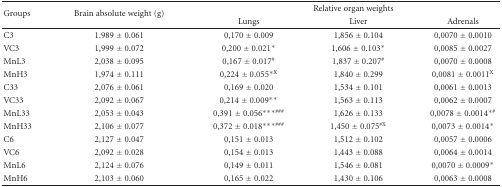
<table><thead><tr><td rowspan="2"><b>Groups</b></td><td rowspan="2"><b>Brain absolute weight (g)</b></td><td colspan="3"><b>Relative organ weights</b></td></tr><tr><td><b>Lungs</b></td><td><b>Liver</b></td><td><b>Adrenals</b></td></tr></thead><tbody><tr><td>C3</td><td>1.989 ± 0.061</td><td>0,170 ± 0.009</td><td>1,856 ± 0.104</td><td>0,0070 ± 0.0010</td></tr><tr><td>VC3</td><td>1,999 ± 0.072</td><td>0,200 ± 0.021*</td><td>1,606 ± 0.103*</td><td>0,0085 ± 0.0027</td></tr><tr><td>MnL3</td><td>2,038 ± 0.095</td><td>0,167 ± 0.017<sup>#</sup></td><td>1,837 ± 0.207<sup>#</sup></td><td>0,0070 ± 0.0008</td></tr><tr><td>MnH3</td><td>1,974 ± 0.111</td><td>0,224 ± 0.055<sup>∗X</sup></td><td>1,840 ± 0.299</td><td>0,0081 ± 0.0011<sup>X</sup></td></tr><tr><td>C33</td><td>2,076 ± 0.061</td><td>0,169 ± 0.020</td><td>1,534 ± 0.101</td><td>0,0061 ± 0.0013</td></tr><tr><td>VC33</td><td>2,092 ± 0.067</td><td>0,214 ± 0.009**</td><td>1,563 ± 0.113</td><td>0,0062 ± 0.0007</td></tr><tr><td>MnL33</td><td>2,053 ± 0.043</td><td>0,391 ± 0.056<sup>∗∗∗###</sup></td><td>1,626 ± 0.133</td><td>0,0078 ± 0.0014<sup>∗#</sup></td></tr><tr><td>MnH33</td><td>2,106 ± 0.077</td><td>0,372 ± 0.018<sup>∗∗∗###</sup></td><td>1,450 ± 0.075<sup>#X</sup></td><td>0,0073 ± 0.0014*</td></tr><tr><td>C6</td><td>2,127 ± 0.047</td><td>0,151 ± 0.013</td><td>1,512 ± 0.102</td><td>0,0057 ± 0.0006</td></tr><tr><td>VC6</td><td>2,092 ± 0.028</td><td>0,154 ± 0.013</td><td>1,443 ± 0.088</td><td>0,0064 ± 0.0014</td></tr><tr><td>MnL6</td><td>2,124 ± 0.076</td><td>0,149 ± 0.011</td><td>1,546 ± 0.081</td><td>0,0070 ± 0.0009*</td></tr><tr><td>MnH6</td><td>2,103 ± 0.060</td><td>0,165 ± 0.022</td><td>1,430 ± 0.106</td><td>0,0063 ± 0.0008</td></tr></tbody></table>